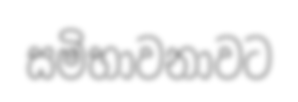
සමිභාවනාවට